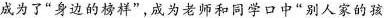
成为了”身边的榜样”，成为老师和同学口中”别人家的孩